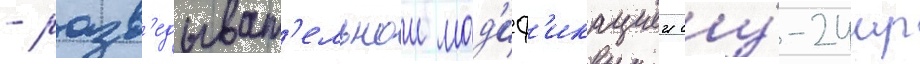
- разв'едыват'ельнои мод'иф'икациеи су́-24мр